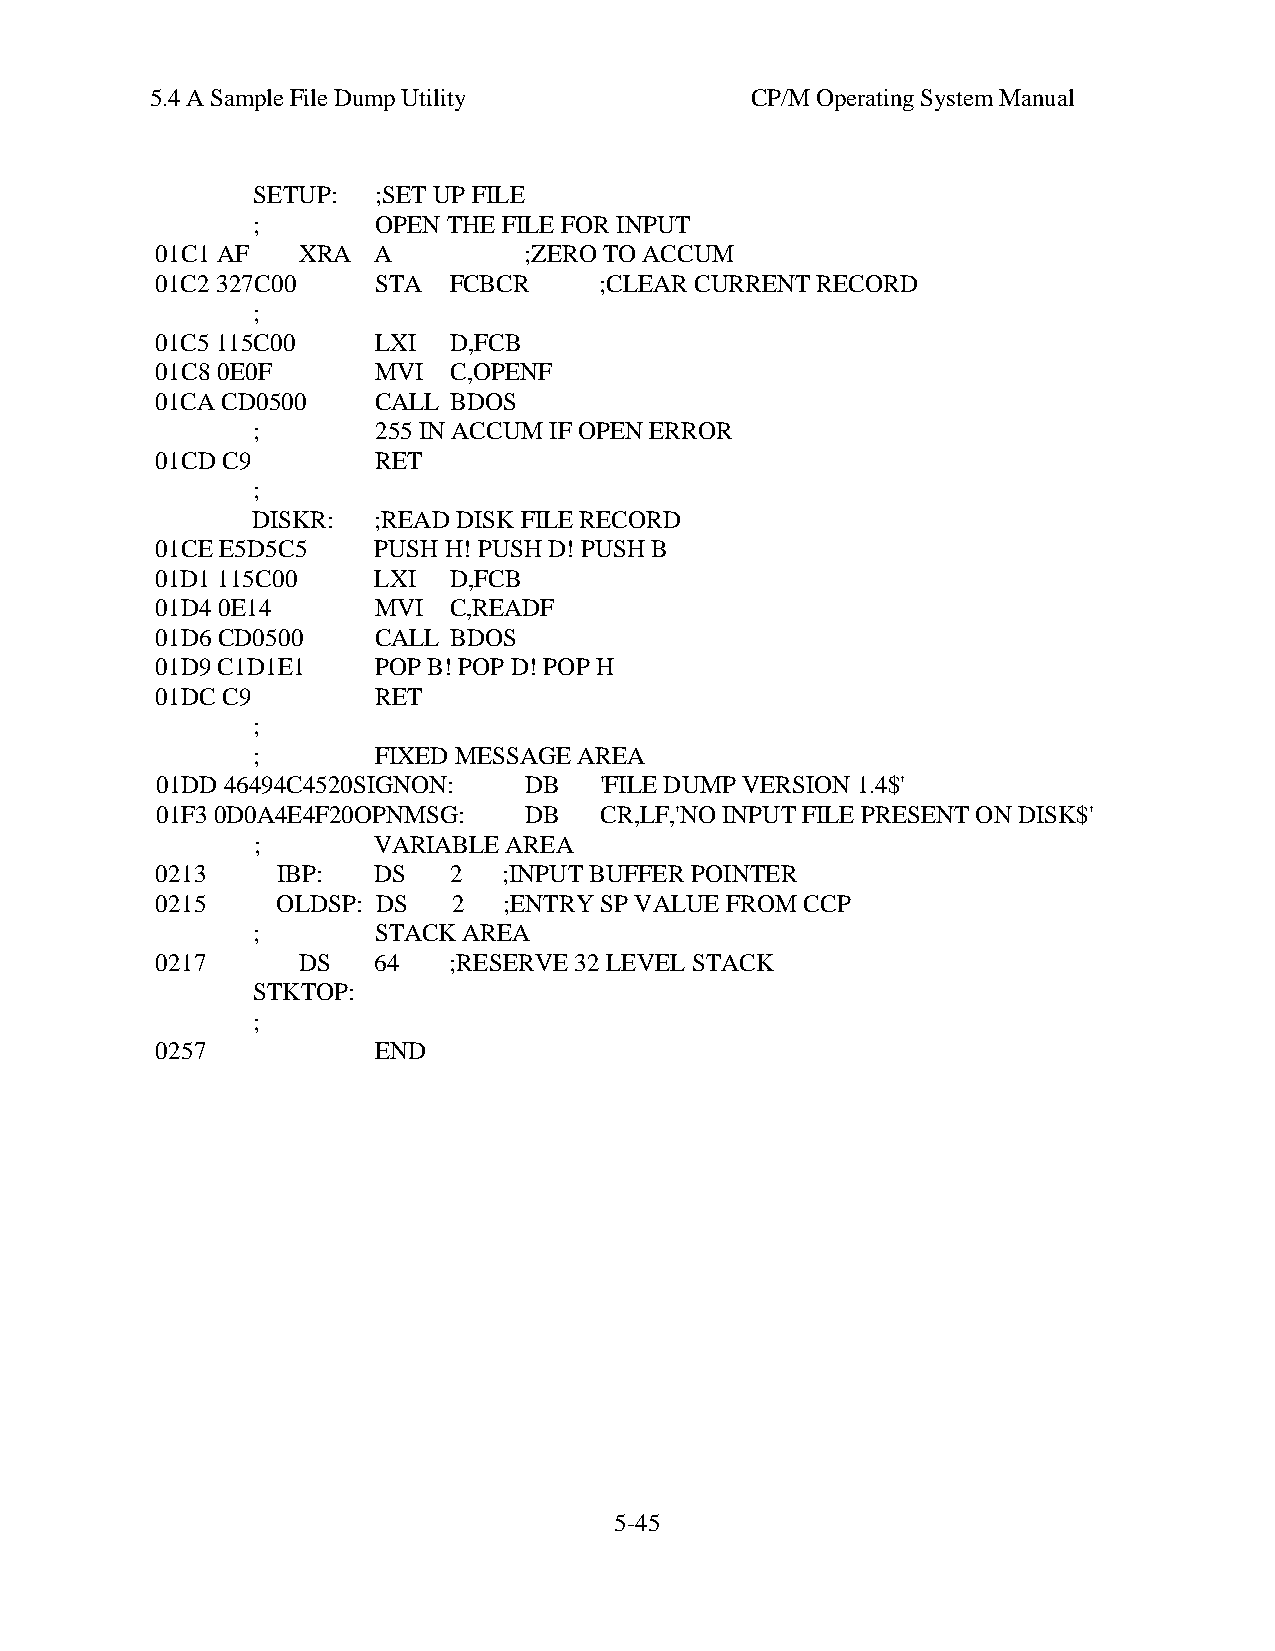
5.4 A Sample File Dump Utility          CP/M Operating System Manual
 SETUP:  ;SET UP FILE
 ;       OPEN THE FILE FOR INPUT
 01C1 AF   XRA  A         ;ZERO TO ACCUM
 01C2 327C00    STA  FCBCR     ;CLEAR CURRENT RECORD
 ;
 01C5 115C00    LXI  D,FCB
 01C8 0E0F      MVI  C,OPENF
 01CA CD0500    CALL BDOS
 ;       255 IN ACCUM IF OPEN ERROR
 01CD C9        RET
 ;
 DISKR:  ;READ DISK FILE RECORD
 01CE E5D5C5    PUSH H! PUSH D! PUSH B
 01D1 115C00    LXI  D,FCB
 01D4 0E14      MVI  C,READF
 01D6 CD0500    CALL BDOS
 01D9 C1D1E1    POP B! POP D! POP H
 01DC C9        RET
 ;
 ;       FIXED MESSAGE AREA
 01DD 46494C4520SIGNON:   DB   'FILE DUMP VERSION 1.4$'
 01F3 0D0A4E4F20OPNMSG:   DB   CR,LF,'NO INPUT FILE PRESENT ON DISK$'
 ;       VARIABLE AREA
 0213    IBP:   DS   2  ;INPUT BUFFER POINTER
 0215    OLDSP: DS   2  ;ENTRY SP VALUE FROM CCP
 ;       STACK AREA
 0217      DS   64   ;RESERVE 32 LEVEL STACK
 STKTOP:
 ;
 0257           END
 5-45